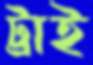
ট্রাই